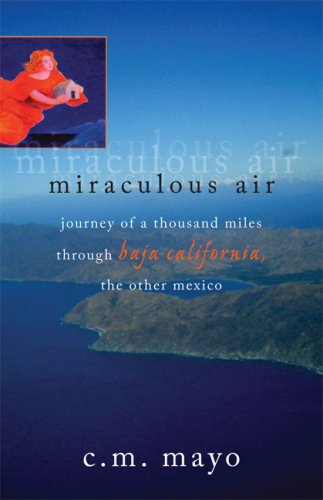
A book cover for Miraculous Air: Journey of a Thousand Miles Through Baja California, the Other Mexico; C. M. Mayo; Travel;